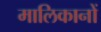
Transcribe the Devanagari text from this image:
मालिकानों